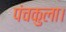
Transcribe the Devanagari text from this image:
पंचकुला।